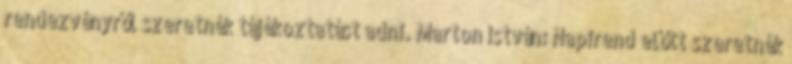
rendezvényről szeretnék tájékoztatást adni. Marton István: Napirend előtt szeretnék